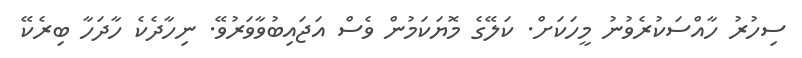
ސިހުރު ހާއްސަކުރެވުނު މީހަކަށް. ކަލޭގެ މޮޔަކަމުން ވެސް އަޖައިބުވާވަރުވޭ. ނިހާދެކެ ހާދަހާ ބިރެކޭ